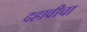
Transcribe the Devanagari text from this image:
दहावीचा